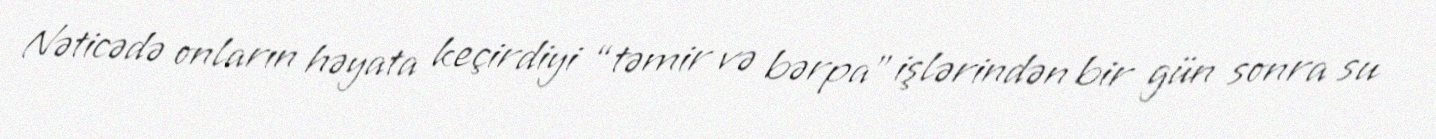
Nəticədə onların həyata keçirdiyi “təmir və bərpa” işlərindən bir gün sonra su